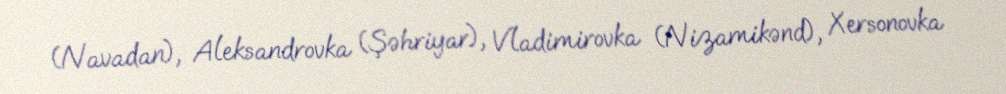
(Navadan), Aleksandrovka (Şəhriyar), Vladimirovka (Nizamikənd), Xersonovka